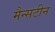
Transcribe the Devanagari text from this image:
मैन्सटीन